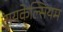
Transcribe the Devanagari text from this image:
ट्रायकेल्सियम